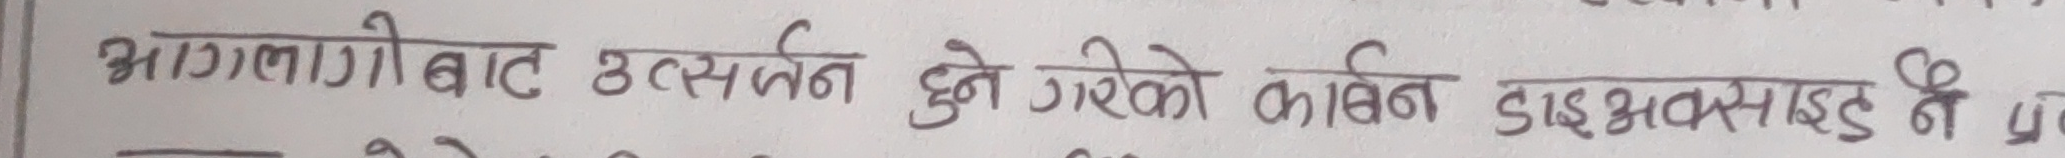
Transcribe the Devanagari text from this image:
आगलागीबाट उत्सर्जन हुने गरेको कार्बन डाइअक्साइड नै